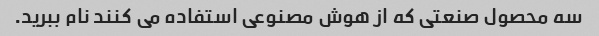
سه محصول صنعتی که از هوش مصنوعی استفاده می کنند نام ببرید.